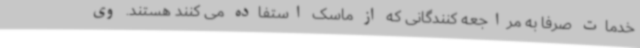
خدمات صرفا به مراجعه کنندگانی که از ماسک استفاده می کنند هستند. وی